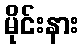
မိုင်းနား